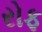
રોફ